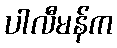
ပါလီမန်က